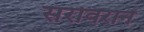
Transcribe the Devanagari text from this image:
सरोवराने